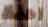
احفظ